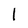
Character: 1